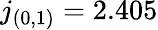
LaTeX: j_{(0,1)}=2.405